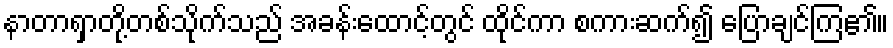
နာတာရှာတို့တစ်သိုက်သည် အခန်းထောင့်တွင် ထိုင်ကာ စကားဆက်၍ ပြောချင်ကြ၏။